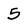
Character: 5